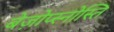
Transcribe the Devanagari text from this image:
बेज़ोप्स्नोस्ति